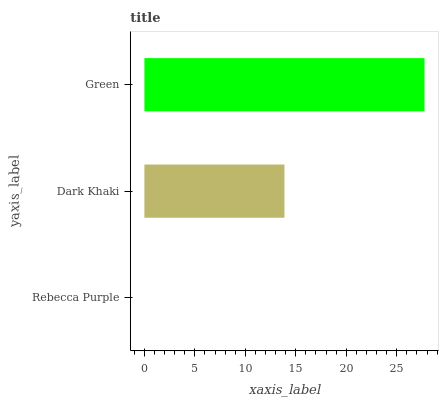
| yaxis_label | bars |
 | --- | --- |
 | Rebecca Purple | 0 |
 | Dark Khaki | 13.9 |
 | Green | 27.7 |